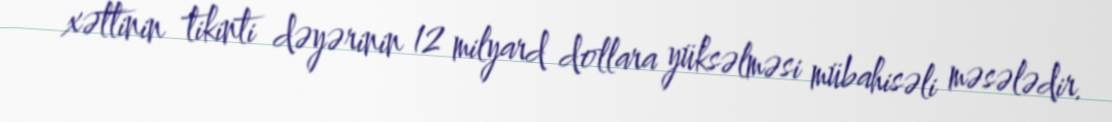
xəttinin tikinti dəyərinin 12 milyard dollara yüksəlməsi mübahisəli məsələdir.